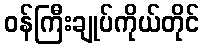
ဝန်ကြီးချုပ်ကိုယ်တိုင်